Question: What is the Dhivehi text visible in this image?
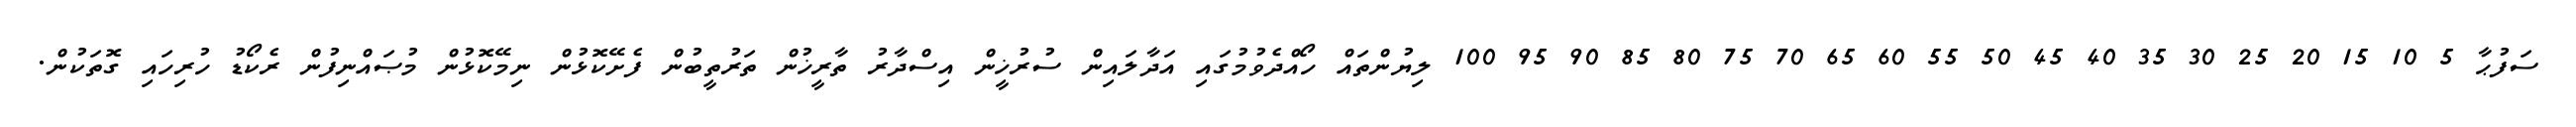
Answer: ސަފުޙާ 5 10 15 20 25 30 35 40 45 50 55 60 65 70 75 80 85 90 95 100 ލިޔުންތައް ހޯއްދެވުމުގައި އަދާލައިން ސުރުޚީން އިސްދާރު ތާރީޚުން ތަރުތީބުން ފެށޭކޮޅުން ނިމޭކޮޅުން މުޞައްނިފުން ރެކޯޑު ހުރިހައި ގޮތަކުން.